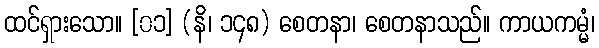
ထင်ရှားသော။ [၀၁] (နိ၊ ၁၄၈) စေတနာ၊ စေတနာသည်။ ကာယကမ္မံ၊